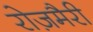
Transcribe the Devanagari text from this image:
रोज़मैरी